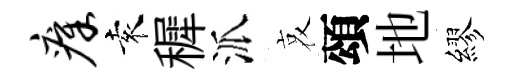
瘴袁穉派哀頌地繆